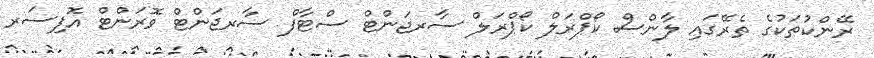
ރޭންކުތަކުގެ ތެރޭގައި ލާންސް ކޯޕްރަލް ކޯޕްރަލް ސާރޖަންޓް ސްޓާފް ސާރޖަންޓް ވޮރަންޓް އޮފިސަރ